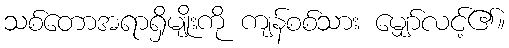
သစ်တောအရာရှိမျိုးကို ကျန်စစ်သား မျှော်လင့်၏။